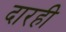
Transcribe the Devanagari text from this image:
दारही